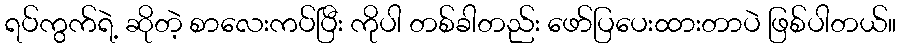
ရပ်ကွက်ရဲ့ ဆိုတဲ့ စာလေးကပ်ပြီး ကိုပါ တစ်ခါတည်း ဖော်ပြပေးထားတာပဲ ဖြစ်ပါတယ်။